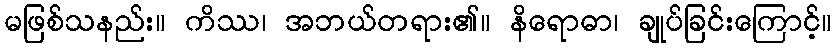
မဖြစ်သနည်း။ ကိဿ၊ အဘယ်တရား၏။ နိရောဓာ၊ ချုပ်ခြင်းကြောင့်။